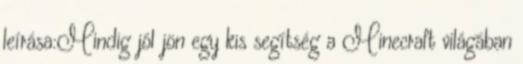
leírása:Mindig jól jön egy kis segítség a Minecraft világában